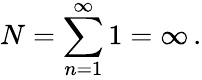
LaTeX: N=\sum_{n=1}^{\infty}1=\infty\, {.}